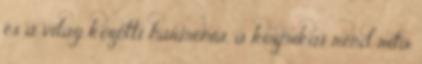
és a világ közötti harmónia, a kozmikus rend rita